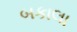
બકાલા